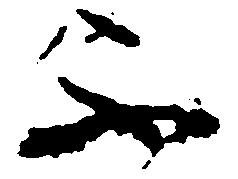
不